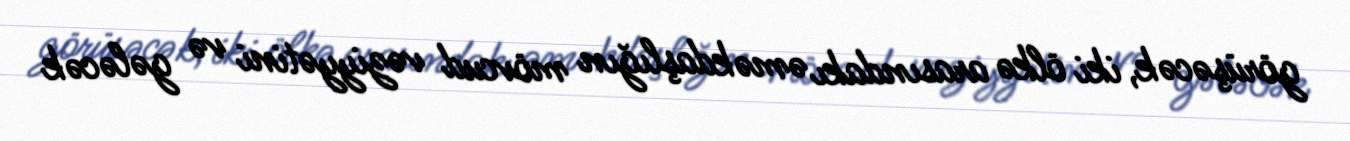
görüşəcək, iki ölkə arasındakı əməkdaşlığın mövcud vəziyyətini və gələcək